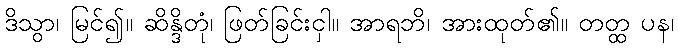
ဒိသွာ၊ မြင်၍။ ဆိန္ဒိတုံ၊ ဖြတ်ခြင်းငှါ။ အာရဘိ၊ အားထုတ်၏။ တတ္ထ ပန၊